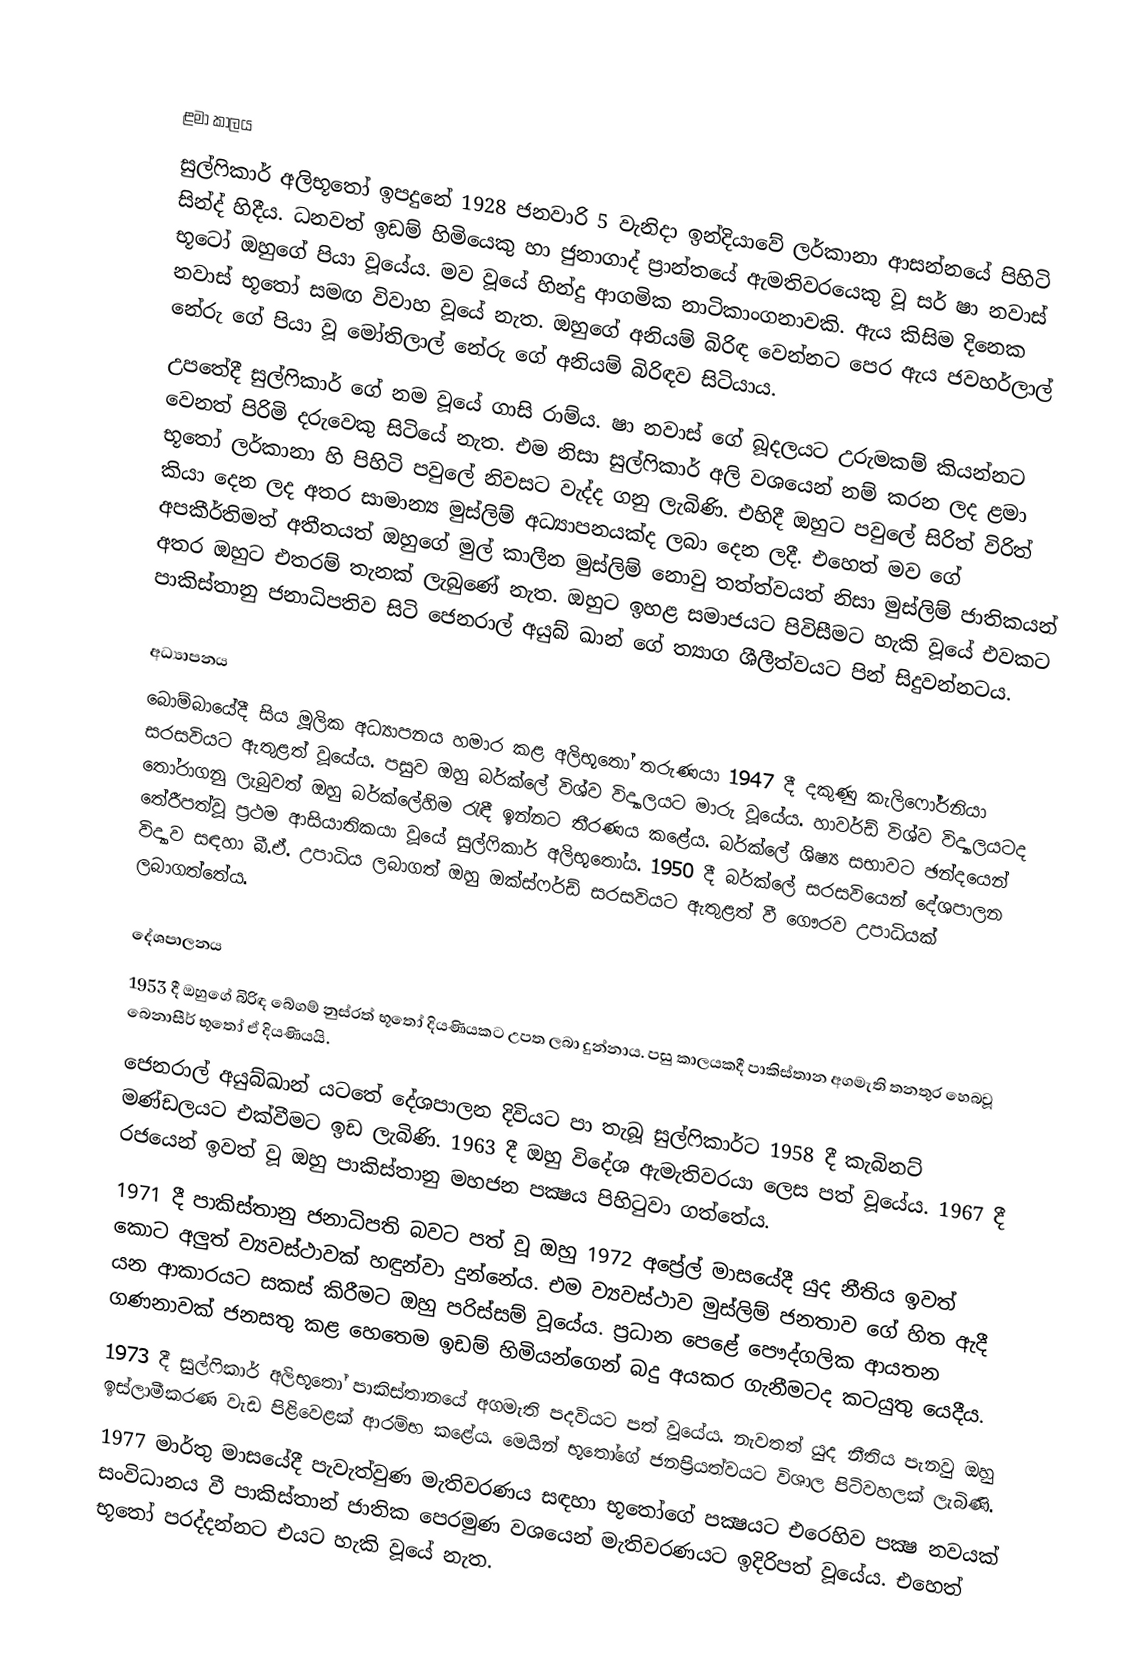

ළමා කාලය
සුල්ෆිකාර් අලිභූතෝ ඉපදුනේ 1928 ජනවාරි 5 වැනිදා ඉන්දියාවේ ලර්කානා ආසන්නයේ පිහිටි සින්ද් හිදීය. ධනවත් ඉඩම් හිමියෙකු හා ජුනාගාද් ප්‍රාන්තයේ ඇමතිවරයෙකු වූ සර් ෂා නවාස් භූටෝ ඔහුගේ පියා වූයේය. මව වූයේ හින්දු ආගමික නාටිකාංගනාවකි. ඇය කිසිම දිනෙක නවාස් භූතෝ සමඟ විවාහ වූයේ නැත. ඔහුගේ අනියම් බිරිඳ වෙන්නට පෙර ඇය ජවහර්ලාල් නේරු ගේ පියා වූ මෝතිලාල් නේරු ගේ අනියම් බිරිඳව සිටියාය.
උපතේදී සුල්ෆිකාර් ගේ නම වූයේ ගාසි රාම්ය. ෂා නවාස් ගේ බූදලයට උරුමකම් කියන්නට වෙනත් පිරිමි දරුවෙකු සිටියේ නැත. එම නිසා සුල්ෆිකාර් අලි වශයෙන් නම් කරන ලද ළමා භූතෝ ලර්කානා හි පිහිටි පවුලේ නිවසට වැද්ද ගනු ලැබිණි. එහිදී ඔහුට පවුලේ සිරිත් විරිත් කියා දෙන ලද අතර සාමාන්‍ය මුස්ලිම් අධ්‍යාපනයක්ද ලබා දෙන ලදී. එහෙත් මව ගේ අපකීර්තිමත් අතීතයත් ඔහුගේ මුල් කාලීන මුස්ලිම් නොවු තත්ත්වයත් නිසා මුස්ලිම් ජාතිකයන් අතර ඔහුට එතරම් තැනක් ලැබුණේ නැත. ඔහුට ඉහළ සමාජයට පිවිසීමට හැකි වූයේ එවකට පාකිස්තානු ජනාධිපතිව සිටි ජෙනරාල් අයුබ් ඛාන් ගේ ත්‍යාග ශීලීත්වයට පින් සිදුවන්නටය.

අධ්‍යාපනය
බොම්බායේදී සිය මූලික අධ්‍යාපනය හමාර කළ අලිභූතෝ තරුණයා 1947 දී දකුණු කැලිෆෝර්නියා සරසවියට ඇතුළත් වූයේය. පසුව ඔහු බර්ක්ලේ විශ්ව විද්‍යාලයට මාරු වූයේය. හාවර්ඩ් විශ්ව විද්‍යාලයටද තෝරාගනු ලැබුවත් ඔහු බර්ක්ලේහිම රැඳී ඉන්නට තීරණය කළේය. බර්ක්ලේ ශිෂ්‍ය සභාවට ඡන්දයෙන් තේරීපත්වූ ප්‍රථම ආසියාතිකයා වූයේ සුල්ෆිකාර් අලිභූතෝය. 1950 දී බර්ක්ලේ සරසවියෙන් දේශපාලන විද්‍යාව සඳහා බී.ඒ. උපාධිය ලබාගත් ඔහු ඔක්ස්ෆර්ඩ් සරසවියට ඇතුළත් වී ගෞරව උපාධියක් ලබාගත්තේය.

දේශපාලනය
1953 දී ඔහුගේ බිරිඳ බේගම් නුස්රත් භූතෝ දියණියකට උපත ලබා දුන්නාය. පසු කාලයකදී පාකිස්තාන අගමැති තනතුර හෙබවූ බෙනාසීර් භූතෝ ඒ දියණියයි.
ජෙනරාල් අයුබ්ඛාන් යටතේ දේශපාලන දිවියට පා තැබූ සුල්ෆිකාර්ට 1958 දී කැබිනට් මණ්ඩලයට එක්වීමට ඉඩ ලැබිණි. 1963 දී ඔහු විදේශ ඇමැතිවරයා ලෙස පත් වූයේය. 1967 දී රජයෙන් ඉවත් වූ ඔහු පාකිස්තානු මහජන පක්‍ෂය පිහිටුවා ගත්තේය.
1971 දී පාකිස්තානු ජනාධිපති බවට පත් වූ ඔහු 1972 අප්‍රේල් මාසයේදී යුද නීතිය ඉවත් කොට අලුත් ව්‍යවස්ථාවක් හඳුන්වා දුන්නේය. එම ව්‍යවස්ථාව මුස්ලිම් ජනතාව ගේ හිත ඇදී යන ආකාරයට සකස් කිරීමට ඔහු පරිස්සම් වූයේය. ප්‍රධාන පෙළේ පෞද්ගලික ආයතන ගණනාවක් ජනසතු කළ හෙතෙම ඉඩම් හිමියන්ගෙන් බදු අයකර ගැනීමටද කටයුතු යෙදීය.
1973 දී සුල්ෆිකාර් අලිභූතෝ පාකිස්තානයේ අගමැති පදවියට පත් වූයේය. නැවතත් යුද නීතිය පැනවු ඔහු ඉස්ලාමීකරණ වැඩ පිළිවෙළක් ආරම්භ කළේය. මෙයින් භූතෝගේ ජනප්‍රියත්වයට විශාල පිටිවහලක් ලැබිණි.
1977 මාර්තු මාසයේදී පැවැත්වුණ මැතිවරණය සඳහා භූතෝගේ පක්‍ෂයට එරෙහිව පක්‍ෂ නවයක් සංවිධානය වී පාකිස්තාන් ජාතික පෙරමුණ වශයෙන් මැතිවරණයට ඉදිරිපත් වූයේය. එහෙත් භූතෝ පරද්දන්නට එයට හැකි වූයේ නැත.